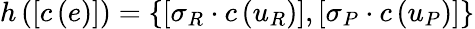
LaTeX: h\left(\left[c\left(e\right)\right]\right)=\left\{ \left[\sigma_{R}\cdot c\left(u_{R}\right)\right],\left[\sigma_{P}\cdot c\left(u_{P}\right)\right]\right\}